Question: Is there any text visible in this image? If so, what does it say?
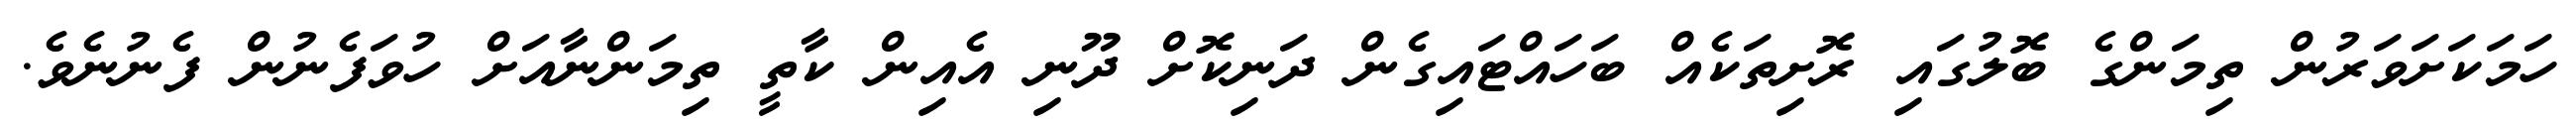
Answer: ހަމަކަށަވަރުން ތިމަންގެ ބޮލުގައި ރޮށިތަކެއް ބަހައްޓައިގެން ދަނިކޮށް ދޫނި އެއިން ކާތީ ތިމަންނާއަށް ހުވަފެނުން ފެނުނެވެ.